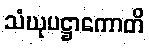
သံဃုပဋ္ဌာကောတိ